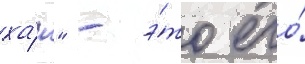
ха́н" - э́то его́